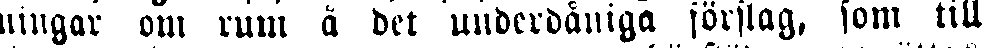
ningar om rum å det underdåniga förslag, som till